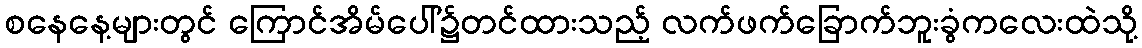
စနေနေ့များတွင် ကြောင်အိမ်ပေါ်၌တင်ထားသည့် လက်ဖက်ခြောက်ဘူးခွံကလေးထဲသို့